Annual report of the Civil Veterinary Department, Bengal, for the year 1897-98 - 1897-1898
Year: 1897
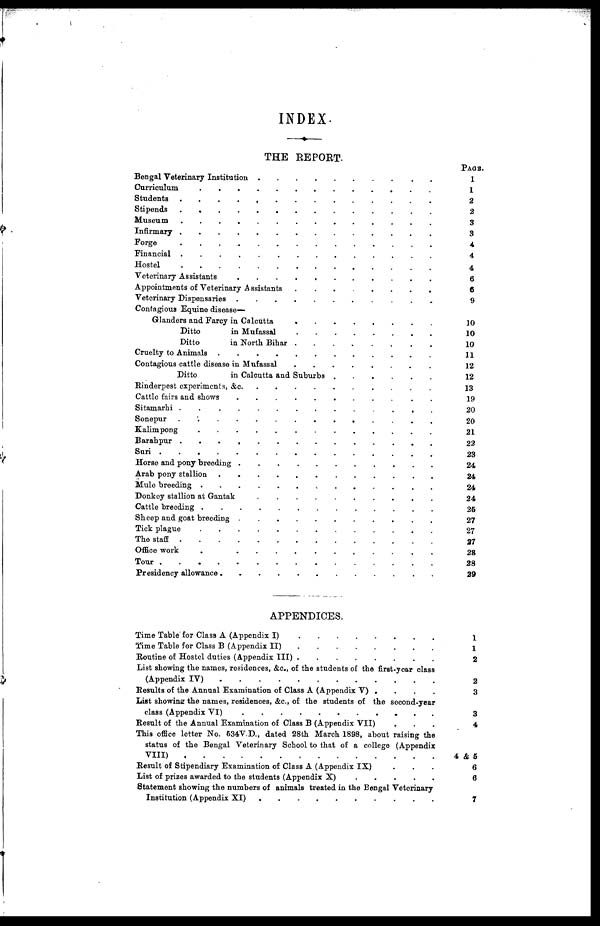
INDEX
THE REPORT.
Bengal Veterinary Institution . . . . . . . . . . . . .
Curriculum . . . . . . . . . . . . .
Students . . . . . . . . . . . . .
Stepends . . . . . . . . . . . . .
Museum . . . . . . . . . . . . .
Infirmary . . . . . . . . . . . . .
Forge . . . . . . . . . . . . .
Financial . . . . . . . . . . . . .
Hostel . . . . . . . . . . . . .
Veterinary Assistants . . . . . . . . . . . . .
Appointments of Veterinary Assistants . . . . . . . . . . . . .
Veterinary Dispensaries . . . . . . . . . . . . .
Contagious Equine disease --
Glanders and Farcy in Calcutta . . . . . . . . . . . . .
Ditto in Mufassal . . . . . . . . . . . . .
Ditto in North Bihar . . . . . . . . . . . . .
Cruelty to Animals . . . . . . . . . . . . .
Contagious cattle disease in Muffassal . . . . . . . . . . . . .
Ditto
in Calcutta and Suburbs . . . . . . . . . . . . .
Rinderpest experiments,
&c. . . . . . . . . . . . . .
Cattle fairs and shows . . . . . . . . . . . . .
Sitamarhi . . . . . . . . . . . . .
Sonepur
.
.
.
.
.
.
.
.
.
.
.
.
.
Kalimpong
.
.
.
.
.
.
.
.
.
.
.
.
.
Barahpur . . . . . . . . . . . . .
Suri . . . . . . . . . . . . .
Horse and pony breeding . . . . . . . . . . . . .
Arab pony stallion . . . . . . . . . . . . .
Mule breeding . . . . . . . . . . . . .
Donkey stallion at Gantak . . . . . . . . . . . . .
Cattle breeding
.
.
.
.
.
.
.
.
.
.
.
.
.
Sheep and goat breeding . . . . . . . . . . . . .
Tick plague
.
.
.
.
.
.
.
.
.
.
.
.
.
The staff . . . . . . . . . . . . .
Office work . . . . . . . . . . . . .
Tour . . . . . . . . . . . . .
Presidency allowance . . . . . . . . . . . . .
PAGE.
1
1
2
2
3
3
4
4
4
6
6
9
10
10
10
11
12
12
13
19
20
20
21
22
23
24
24
24
24
25
27
27
27
28
28
29
APPENDICES.
Time Table for Class A (Appendix I) . . . . . . . . . . . . .
Time Table for Class B (Appendix II) . . . . . . . . . . . . .
Routine of Hostel duties (Appendix III) . . . . . . . . . . . . .
List showing the names, residences, &c., of the students of the first-year class
(Appendix IV) . . . . . . . . . . . . .
Results of the Annual Examination of Class A (Appendix V) .....
List showing the names, residences, &c., of the students of the second-year
class (Appendix VI)
.
.
.
.
.
.
.
.
.
.
.
.
.
Result of the Annual Examination of Class B (Appendix VII) . . . . . . . . . .
This office letter No. 534V.D., dated 28th March 1898, about raising the
status of the Bengal Veterinary School to that of a college (Appendix
VIII) . . . . . . . . . . . . .
Result of Stipendiary Examination of Class A (Appendix IX) . . . . . . . . . . . . .
List of prizes awarded to the students (Appendix X) . . . . . . . . . . . . .
Statement showing the numbers of animals treated in the Bengal Veterinary
Institution (Appendix XI) . . . . . . . . . . . . .
1
1
2
2
3
3
4
4 & 5
6
6
7